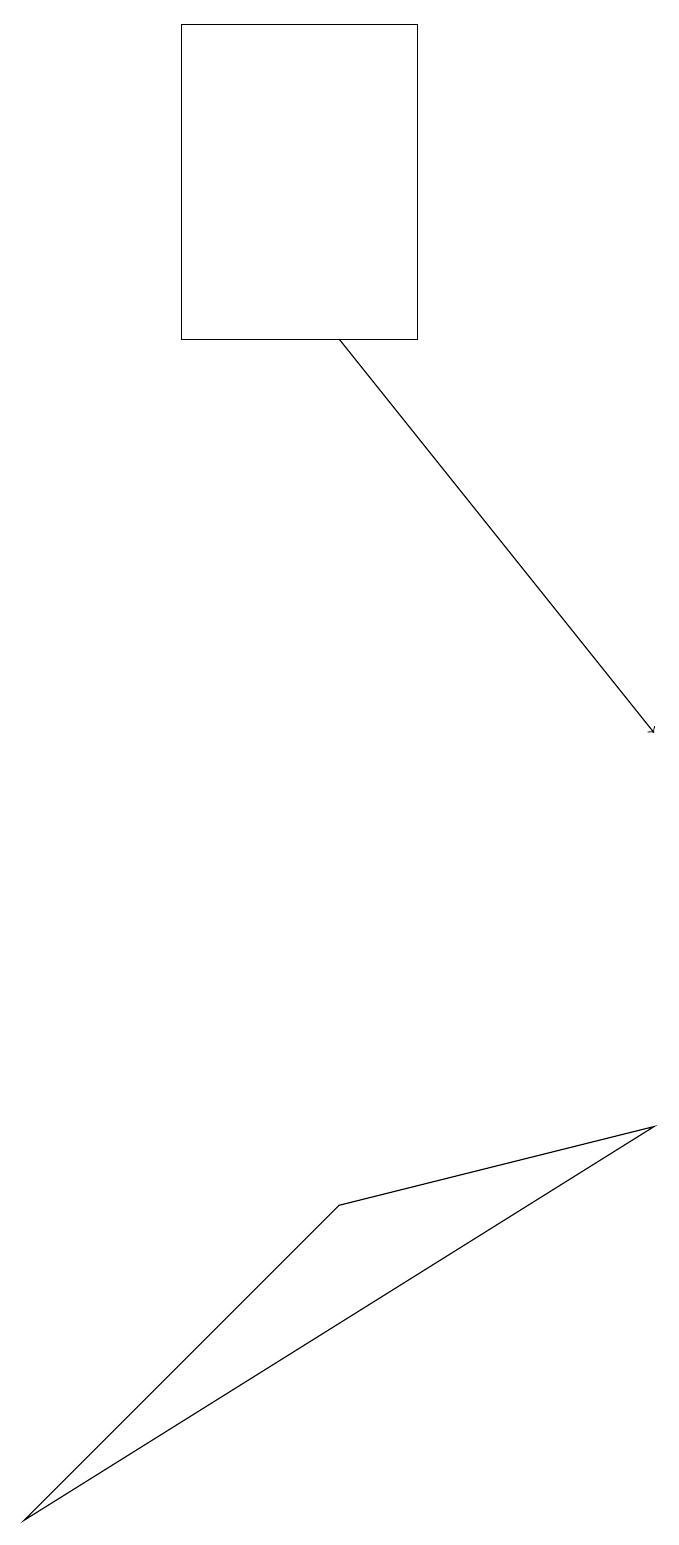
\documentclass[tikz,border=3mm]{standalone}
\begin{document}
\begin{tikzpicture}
\draw (3,15) rectangle (6,19);
\draw (5,4) -- (1,0) -- (9,5) -- cycle;
\draw[->] (5,15) -- (9,10);
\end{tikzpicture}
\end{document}